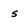
Character: s